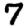
Digit: 7